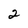
Character: 2